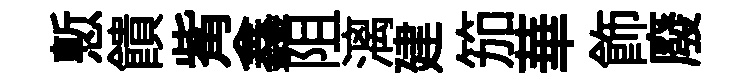
慙饋觜鑫阻漓建笳華飾廢